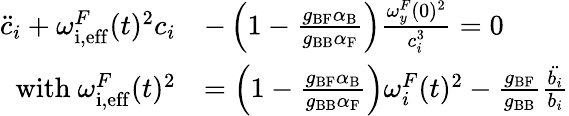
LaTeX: \begin{array}{rl}{\ddot{c}_{i}+{{\omega_{\mathrm{i,eff}}^{F}}}(t)^{2}c_{i}}&{-\left(1-\frac{g_{\mathrm{BF}}\alpha_{\mathrm{B}}}{g_{\mathrm{BB}}\alpha_{\mathrm{F}}}\right)\frac{{\omega_{y}^{F}}(0)^{2}}{c_{i}^{3}}=0}\\ {{\mathrm{with~}{\omega_{\mathrm{i,eff}}^{F}}}(t)^{2}}&{=\left(1-\frac{g_{\mathrm{BF}}\alpha_{\mathrm{B}}}{g_{\mathrm{BB}}\alpha_{\mathrm{F}}}\right){\omega_{i}^{F}}(t)^{2}-\frac{g_{\mathrm{BF}}}{g_{\mathrm{BB}}}\frac{\ddot{b_{i}}}{b_{i}}}\end{array}